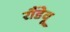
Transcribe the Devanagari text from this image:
रौंडेवू